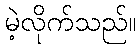
မဲ့လိုက်သည်။